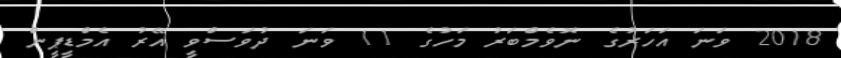
2018 ވަނަ އަހަރުގެ ނޮވެެމްބަރު މަހުގެ 11 ވަނަ ދުވަސްވީ އޭރު އެމްޑީޕީން